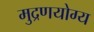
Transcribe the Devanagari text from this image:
मुद्रणयोग्य